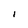
Character: i